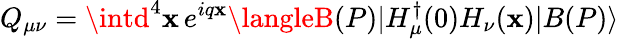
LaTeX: Q_{\mu\nu}=\intd^{4}\mathbf{x}\, e^{iq\mathbf{x}}\langleB(P)|H_{\mu}^{\dagger}(0)H_{\nu}(\mathbf{x})|B(P)\rangle